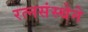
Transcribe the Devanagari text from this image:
रत्नसंस्थेने